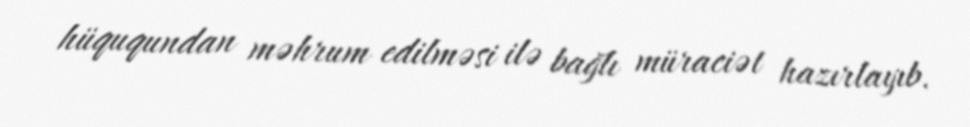
hüququndan məhrum edilməsi ilə bağlı müraciət hazırlayıb.